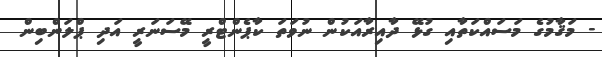
- މަޤާމުގެ މަސައްކަތާއި ގުޅޭ ދާއިރާއަކުން ނުވަތަ ކާޕެންޓްރީ މޭސަނަރީ އަދި ޕްލަންބިން